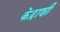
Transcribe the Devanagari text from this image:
केद्राशी